Lunatic asylums Madras 1892-1911 - 1892-1911
Year: 1892
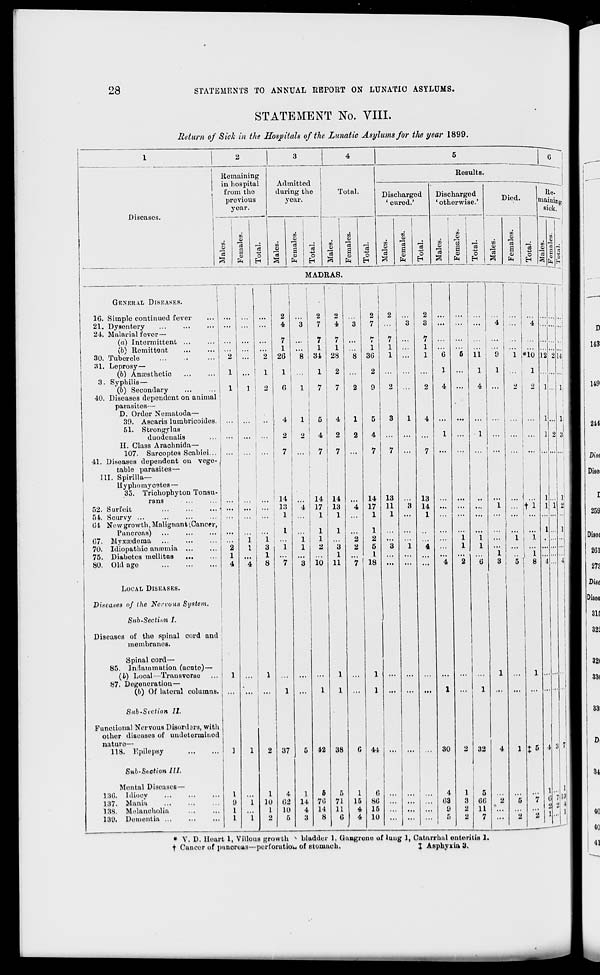
28
STATEMENTS TO ANNUAL REPORT ON LUNATIC ASYLUMS.
STATEMENT No. VIII.
Return of Sick in the Hospitals of the Lunatic Asylums for the year 1899.
Diseases.
Remaining
in hospital
from tho
previous
year.
Admitted
during the
year.
DO
<0
V.
o
O
w
O
a
o
Results.
Total.
o
r3
i/i
o
in
o
Discharged
' cured.'
in
o
o
o
H
Discharged
' otherwise.'
J
31
O
a
EM
Died.
£
"a!
GENERAL DISEASES.
1G. Simple continued fever
21. Dysentery
24. Malarial fever—
(a) Intermittent ...
(b) Remittent
30. Tubercle
SI, Leprosy—
(b) Anaesthetic
3. Syphilis—
(b) Secondary
40. Diseases dependent on animal
parasites—
D. Order Nematoda—
39. Ascaris lumbricoides.
51. Strongylus
duodeualis
n. Class Arachnida—
107. Sarcoptes Scabiei...
41. Disoases dependent on vege-
table parasites—
III. Spirilla—
lIyphomyc9tes—
35. Trichophyton Tonsu-
rans
52. Surfeit
54. Scurvy ...
04 Now growth, Malignant (Cancer,
Pancreas)
07. Myxaedonaa
70. Idiopathio anamiia ...
75. Diabetes mellitas
80. Old ago
LOCAL DISEASES.
Diseases of the Ncrvuus System.
Sub-Section I.
Diseases of tho spinal cord and
membranes.
Spinal cord—
85. Inflammation (acute) —
(b) Local—Transverse
87. Degeneration—
(b) Of lateral columns.
Sub •Section II.
Functional Nervous Disorders, with
other diseases of undetermined
nature—
118. Epilepsy
Sub-Section III.
Mental Diseases—
180, Idiocy
137. Mania
13S. Melancholia
130. Dementia ...
2
1
4
1
7
1
3
1
8
14
13
1
I
i
"i
I
10
1
37
4
02
10
MADRAS.
2
i
1
4
3 i
7
1
1 ... !
26
8 ,
7 I 7
1 I 1
34 28
2 ! 2
1
7
5
4
14
17
1
1
1
2
io
1
14
4
3
42
6
70
14
8
14
13
1
3
1
11
38
71
11
0
1
15
4
4
2
7
i-
1
3G
2
9
14
17
1
1
2
5
I
18
44
0
80
15
10
13
11
1
2
3 ...
1
1
1
G
..
1
2
4
4
1
13
14
1
30
4
03
9
11
1
4
1
1
32
00
11
7
CO
CD
■J.
0)
cs
m
a 4a Q I
CD
O
CM
EH
4 &
.0
El
Re-
mainiogt
sick.
1 1*10
2 l 2
I
tl
J. |
JL
' . ' . i "i
5 ! 8
1.2 2 1*
t« 3| 7.
A
, i
* V. D. Heart 1, Villous growth x bladder 1, Gangrene of luug 1, Catarrhal onturitia 1.
t Cancer of punoroas—perforation of Btomach.
J Asphyxia 3.